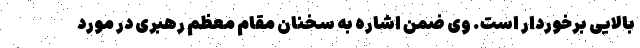
بالایی برخوردار است. وی ضمن اشاره به سخنان مقام معظم رهبری در مورد